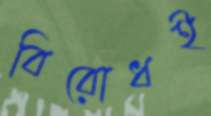
বিরোধই